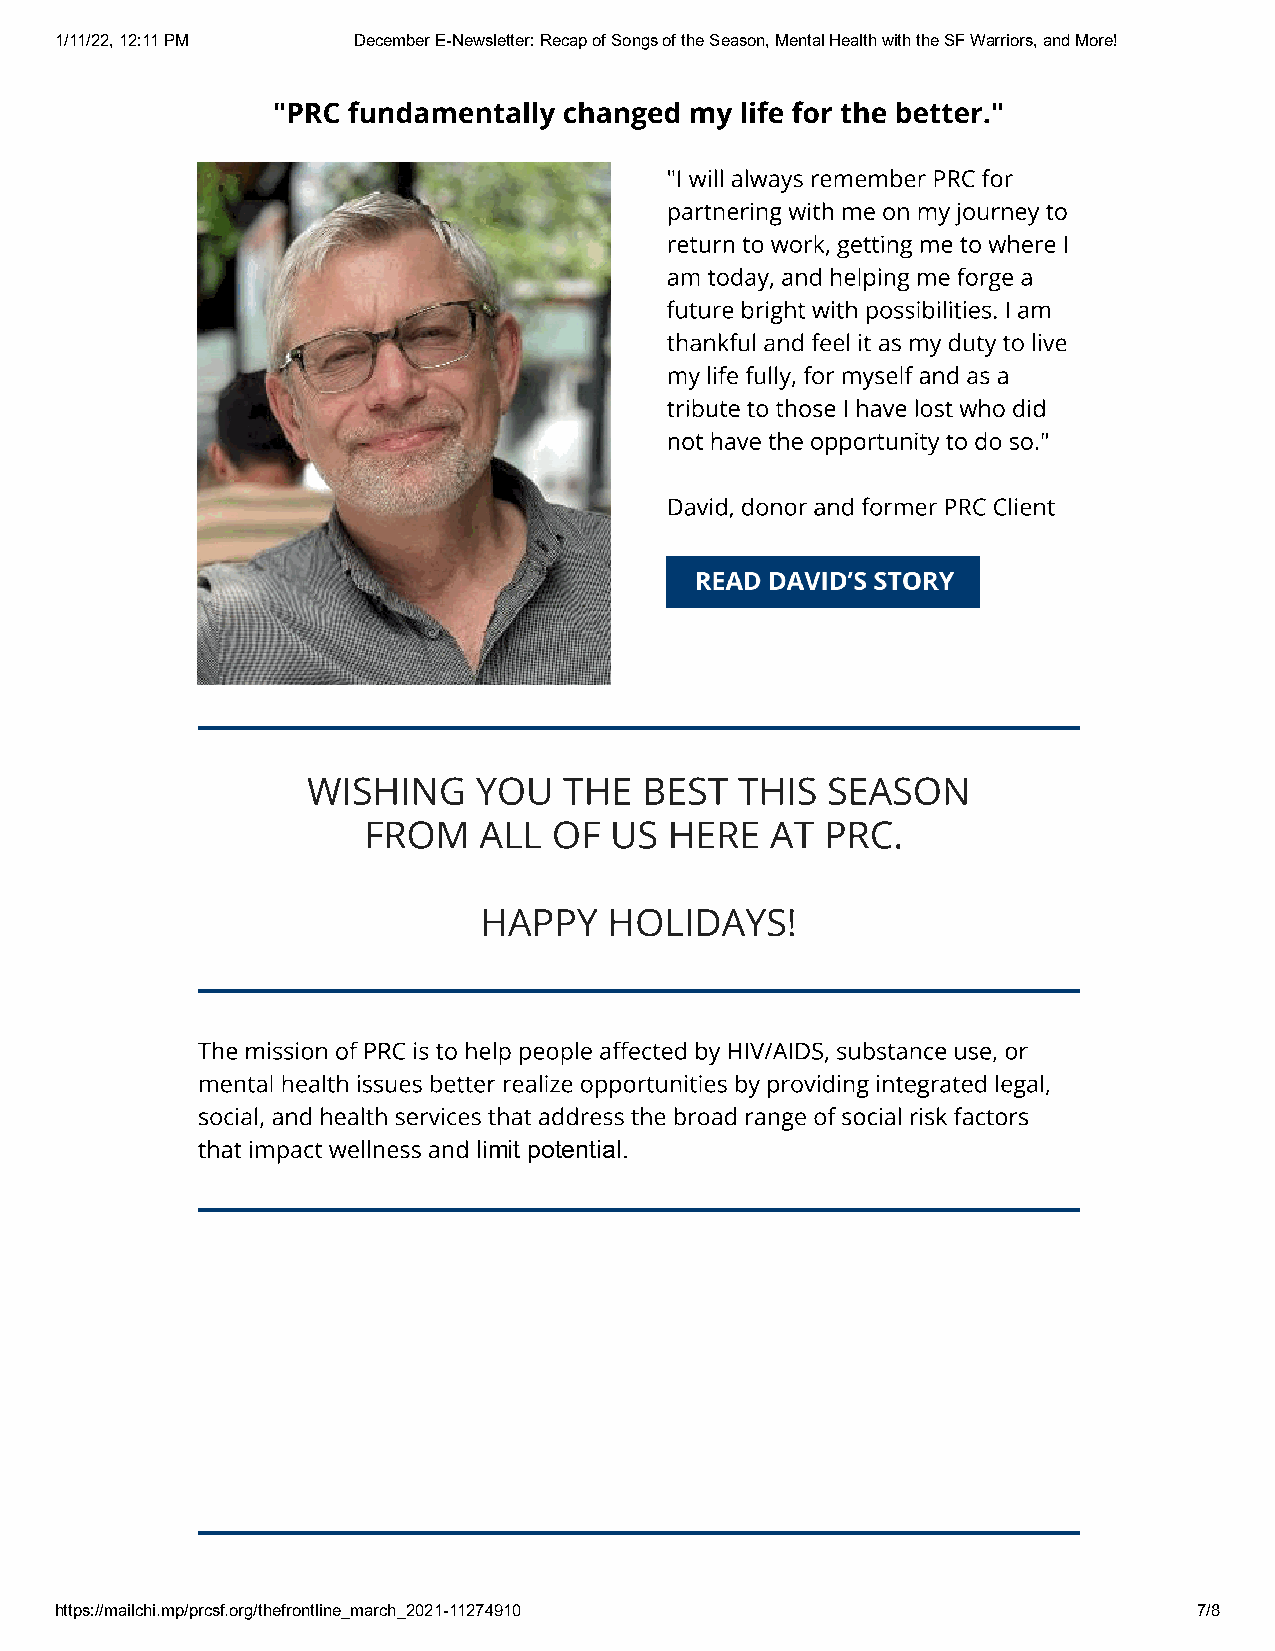
1/11/22, 12:11 PM  December E-Newsletter: Recap of Songs of the Season, Mental Health with the SF Warriors, and More!
 "PRC fundamentally changed  my life for the better."
 "I will always remember PRC for
 partnering with me on my journey to
 return to work, getting me to where I
 am today, and helping me forge a
 future bright with possibilities. I am
 thankful and feel it as my duty to live
 my life fully, for myself and as a
 tribute to those I have lost who did
 not have the opportunity to do so."
 David, donor and former PRC Client
 WISHING     YOU  THE   BEST  THIS  SEASON
 FROM    ALL  OF US  HERE   AT  PRC.
 HAPPY   HOLIDAYS!
 The mission of PRC is to help people aected by HIV/AIDS, substance use, or
 mental health issues better realize opportunities by providing integrated legal,
 social, and health services that address the broad range of social risk factors
 that impact wellness and limit potential.
 https://mailchi.mp/prcsf.org/thefrontline_march_2021-11274910              7/8